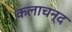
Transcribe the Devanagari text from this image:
कलाचन्द